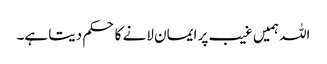
اللہ ہمیں غیب پر ایمان لانے کا حکم دیتا ہے۔